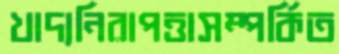
খাদ্যনিরাপত্তাসম্পর্কিত